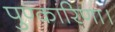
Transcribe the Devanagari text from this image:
पुण्कारिणा।